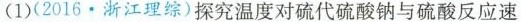
(1)(2016.浙江理综)探究温度对硫代硫酸钠与硫酸反应速